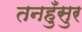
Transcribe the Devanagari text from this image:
तनहुँसुर